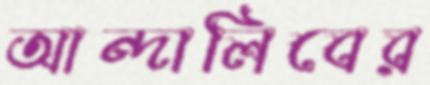
আন্দালিবের